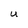
Character: U